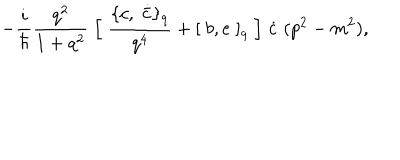
LaTeX: - \frac { i } { \hbar } \frac { q ^ { 2 } } { 1 + q ^ { 2 } } \; \Bigl [ \; \frac { \{ c , \; \dot { \bar { c } } \} _ { q } } { q ^ { 4 } } + [ \; b , e \; ] _ { q } \; \Bigr ] \; \dot { c } \; ( p ^ { 2 } - m ^ { 2 } ) ,